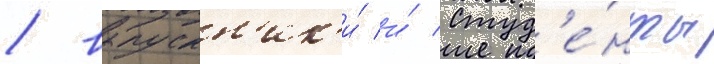
/ выпускн'ик'и́ и́ студ'е́нты